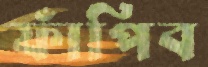
ফাঁপিব